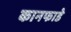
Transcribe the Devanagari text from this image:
कानफाडे